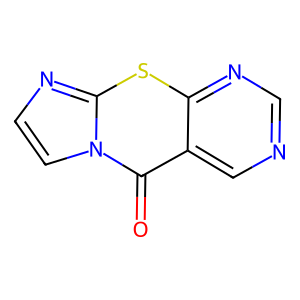
SMILES: O=c1c2cncnc2sc2nccn12
Inhibits HIV replication: No